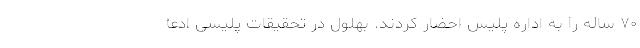
۷۰ ساله را به اداره پلیس احضار کردند. بهلول در تحقیقات پلیسی ادعا